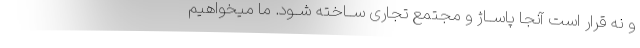
و نه قرار است آنجا پاســاژ و مجتمع تجاری ســاخته شــود. ما میخواهیم